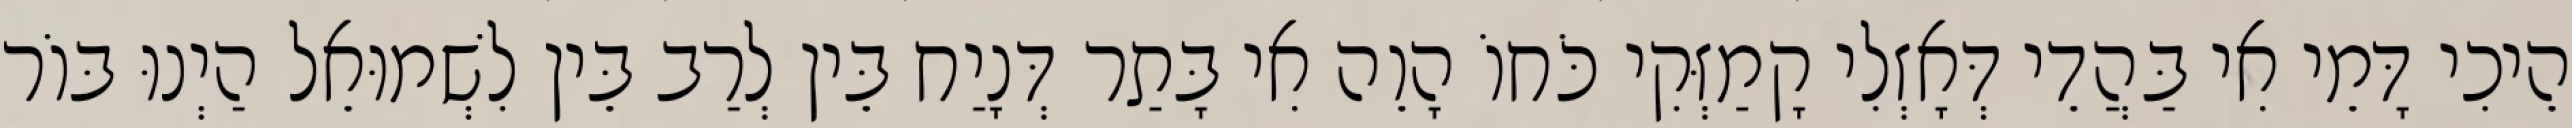
הֵיכִי דָּמֵי אִי בַּהֲדֵי דְּאָזְלִי קָמַזְּקִי כֹּחוֹ הָוֵה אִי בָּתַר דְּנָיַח בֵּין לְרַב בֵּין לִשְׁמוּאֵל הַיְנוּ בּוֹר